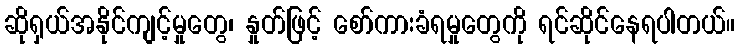
ဆိုရှယ်အနိုင်ကျင့်မှုတွေ၊ နှုတ်ဖြင့် စော်ကားခံရမှုတွေကို ရင်ဆိုင်နေရပါတယ်။